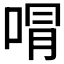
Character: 𭈭